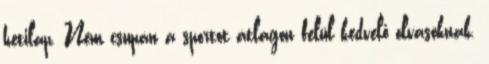
hetilap. Nem csupán a sportot átlagon felül kedvelő olvasóknak.